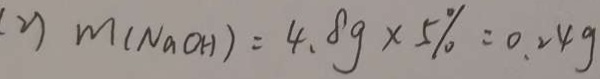
( 2 ) m ( N _ { \alpha } \vert O H ) = 4 . 8 g \times 5 \% = 0 . 2 4 g